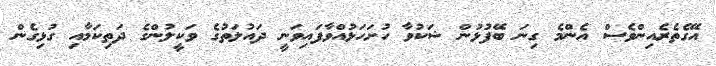
އޭގެތެރެއިންވެސް އެންމެ ގިނަ ބޭފުޅުން ޝަކުވާ ހުށަހަޅުއްވާފައިވަނީ ދައުލަތުގެ ވަކީލުންގެ ދަތިކަމާއި ގުޅިގެން